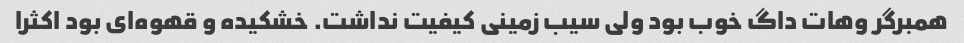
همبرگر وهات داگ خوب بود ولی سیب زمینی کیفیت نداشت. خشکیده و قهوه‌ای بود اکثرا